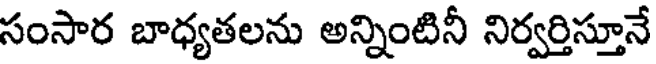
సంసార బాధ్యతలను అన్నింటినీ నిర్వర్తిస్తూనే